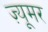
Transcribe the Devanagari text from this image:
ज़्यूमर